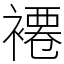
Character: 褼